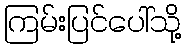
ကြမ်းပြင်ပေါ်သို့